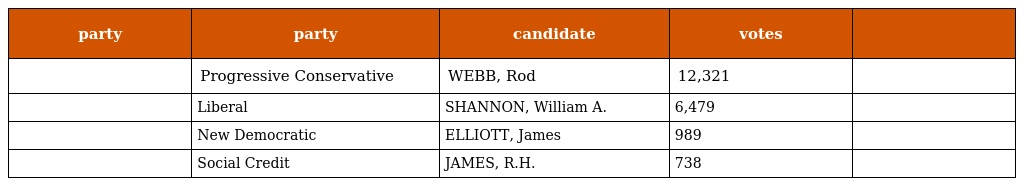
| party | party | candidate | votes |  |
 | --- | --- | --- | --- | --- |
 |  | Progressive Conservative | WEBB, Rod | 12,321 |  |
 |  | Liberal | SHANNON, William A. | 6,479 |  |
 |  | New Democratic | ELLIOTT, James | 989 |  |
 |  | Social Credit | JAMES, R.H. | 738 |  |